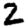
Digit: 2